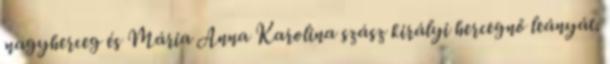
nagyherceg és Mária Anna Karolina szász királyi hercegnő leányát.